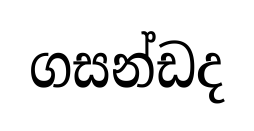
ගසන්ඩද